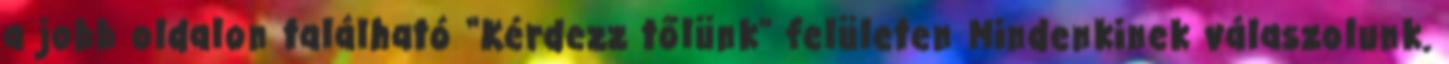
a jobb oldalon található “Kérdezz tőlünk” felületen Mindenkinek válaszolunk.